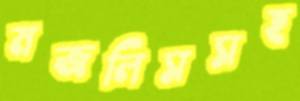
মজলিসসহ